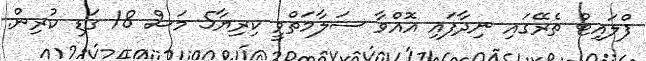
ފްލައިޓް ތެރޭގައި ނިދާފައި އޮއްވާ ސަލާމަތްވީ ކިރިޔާ5 މަސް 18 ގަޑި ކުރިން.